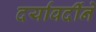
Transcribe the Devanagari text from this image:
दर्यावर्दीने